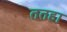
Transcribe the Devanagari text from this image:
ततहा